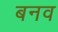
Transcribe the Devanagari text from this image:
बनव